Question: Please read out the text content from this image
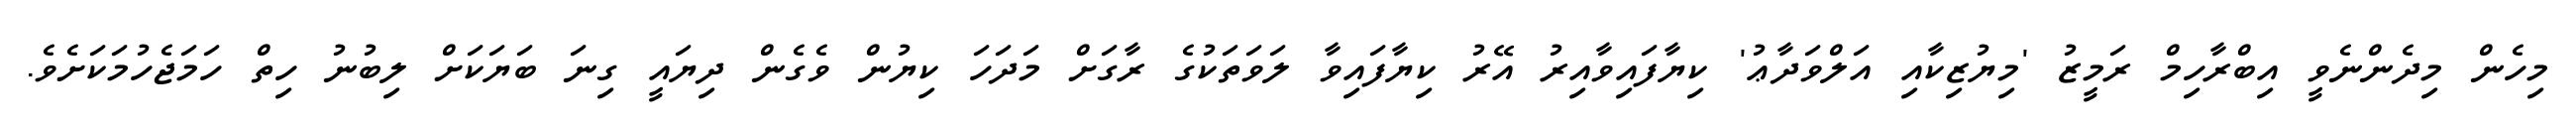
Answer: މިހެން މިދެންނެވީ އިބްރާހިމް ރަމީޒު 'މިޔުޒިކާއި އަލްވަދާޢު' ކިޔާފައިވާއިރު އޭރު ކިޔާފައިވާ ލަވަތަކުގެ ރާގަށް މަދަހަ ކިޔުން ވެގެން ދިޔައީ ގިނަ ބަޔަކަށް ލިބުނު ހިތް ހަމަޖެހުމަކަށެވެ.